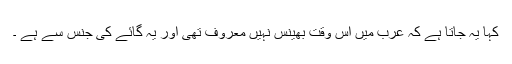
کہا یہ جاتا ہے کہ عرب میں اس وقت بھینس نہیں معروف تھی اور یہ گائے کی جنس سے ہے ۔